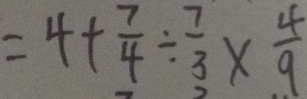
= 4 + \frac { 7 } { 4 } \div \frac { 7 } { 3 } \times \frac { 4 } { 9 }